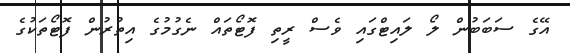
އޭގެ ސަބަބުން ލޯ ލައިޓްގައި ވެސް ރީތި ފޮޓޯތައް ނެގުމުގެ އިތުރުން ފޮޓޯތަކުގެ